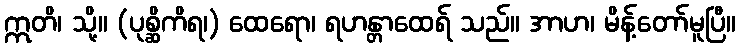
ဣတိ၊ သို့။ (ပုစ္ဆိကိရ၊) ထေရော၊ ရဟန္တာထေရ် သည်။ အာဟ၊ မိန့်တော်မူပြီ။